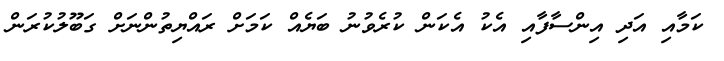
ކަމާއި އަދި އިންސާފާއި އެކު އެކަން ކުރެވުނު ބަޔެއް ކަމަށް ރައްޔިތުންނަށް ގަބޫލުކުރަން